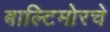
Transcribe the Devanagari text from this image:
बाल्टिमोरचे